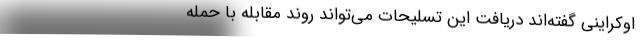
اوکراینی گفته‌اند دریافت این تسلیحات می‌تواند روند مقابله با حمله